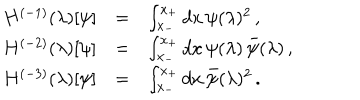
\begin{array} { r c l } { { H ^ { ( - 1 ) } ( \lambda ) [ \psi ] } } & { { = } } & { { \int _ { x _ { - } } ^ { x _ { + } } d x \, \psi ( \lambda ) ^ { 2 } \, , } } \\ { { H ^ { ( - 2 ) } ( \lambda ) [ \psi ] } } & { { = } } & { { \int _ { x _ { - } } ^ { x _ { + } } d x \, \psi ( \lambda ) \, \bar { \psi } ( \lambda ) \, , } } \\ { { H ^ { ( - 3 ) } ( \lambda ) [ \psi ] } } & { { = } } & { { \int _ { x _ { - } } ^ { x _ { + } } d x \, \bar { \psi } ( \lambda ) ^ { 2 } \, . \ } } \\ \end{array}